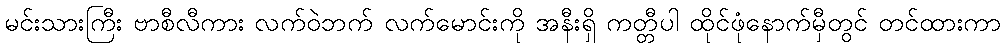
မင်းသားကြီး ဗာစီလီကား လက်ဝဲဘက် လက်မောင်းကို အနီးရှိ ကတ္တီပါ ထိုင်ဖုံနောက်မှီတွင် တင်ထားကာ